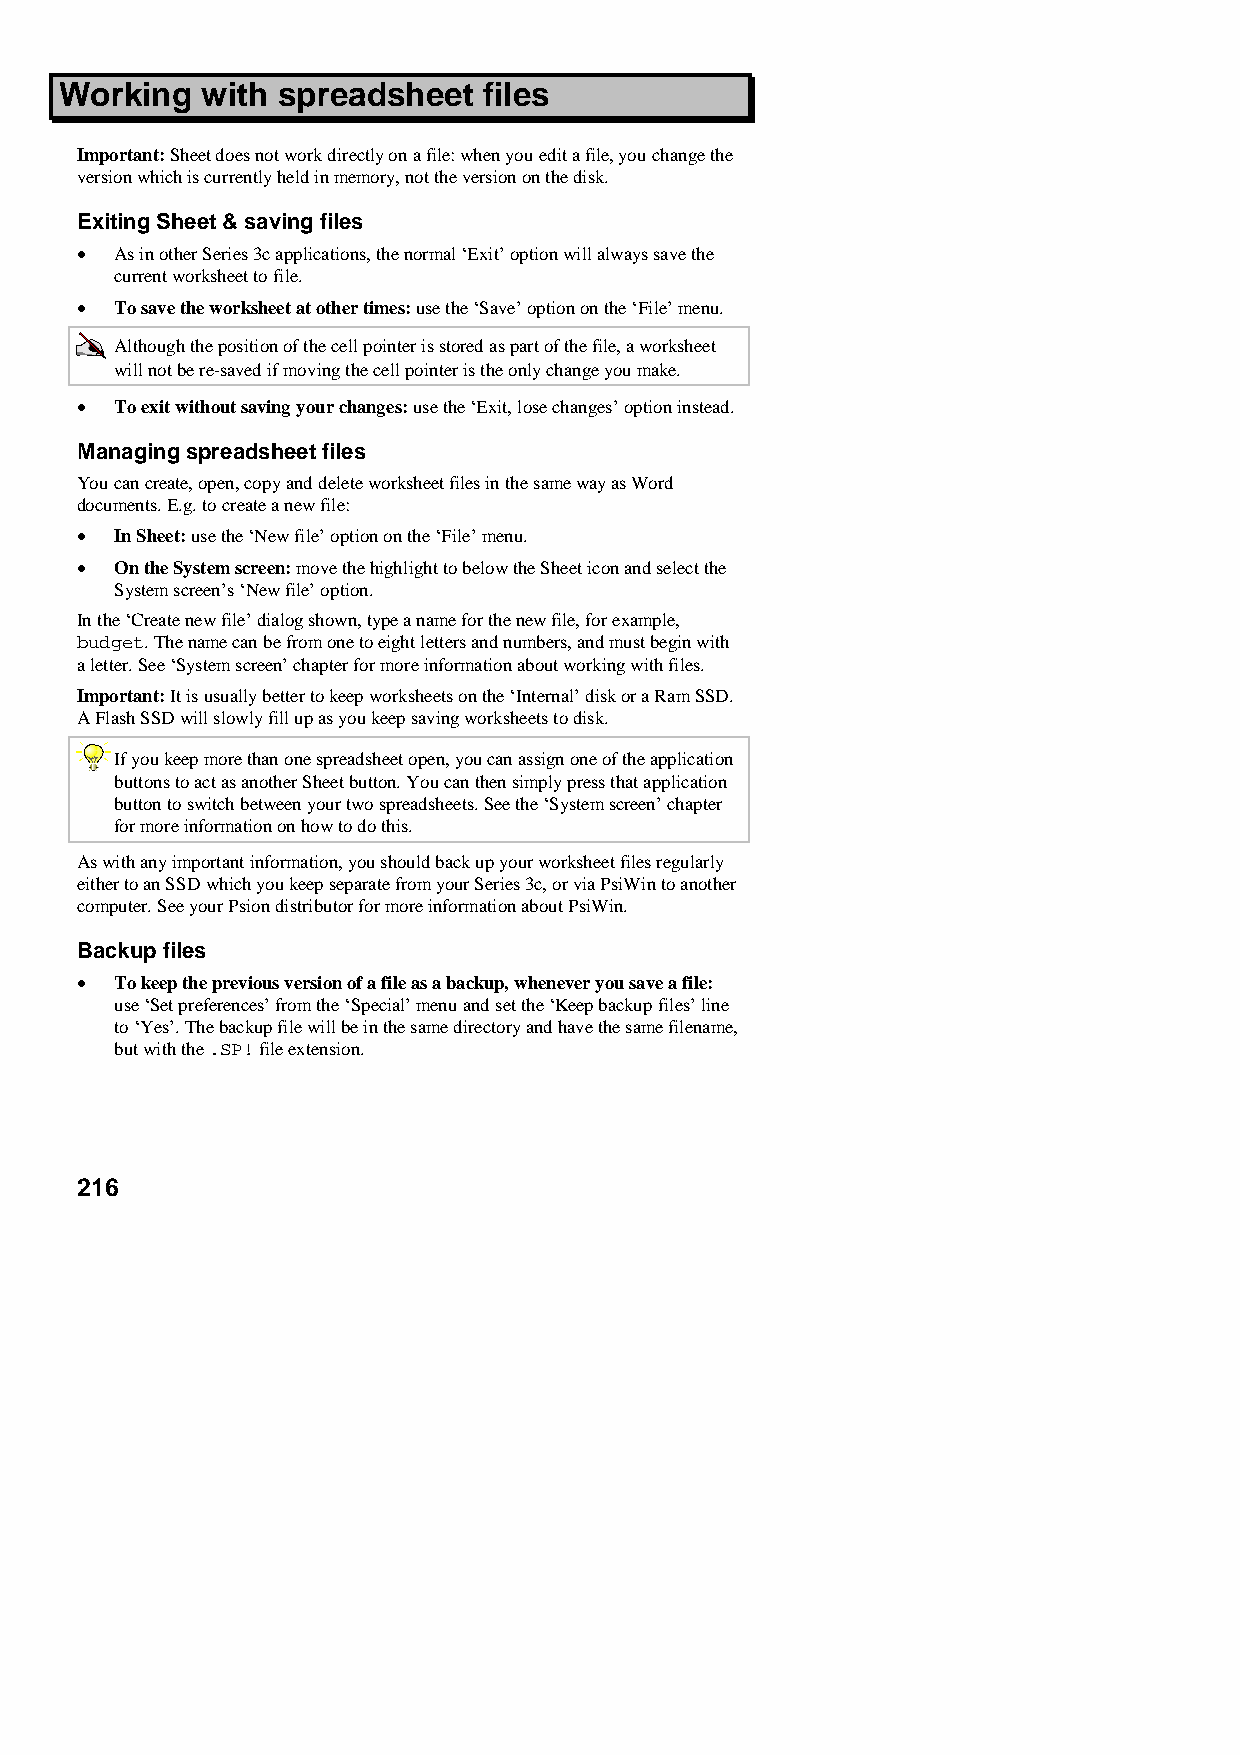
Working  with spreadsheet   files
 Important: Sheet does not work directly on a file: when you edit a file, you change the
 version which is currently held in memory, not the version on the disk.
 Exiting Sheet & saving files
 •  As in other Series 3c applications, the normal ‘Exit’ option will always save the
 current worksheet to file.
 •  To save the worksheet at other times: use the ‘Save’ option on the ‘File’ menu.
 Although the position of the cell pointer is stored as part of the file, a worksheet
 will not be re-saved if moving the cell pointer is the only change you make.
 •  To exit without saving your changes: use the ‘Exit, lose changes’ option instead.
 Managing spreadsheet files
 You can create, open, copy and delete worksheet files in the same way as Word
 documents. E.g. to create a new file:
 •  In Sheet: use the ‘New file’ option on the ‘File’ menu.
 •  On the System screen: move the highlight to below the Sheet icon and select the
 System screen’s ‘New file’ option.
 In the ‘Create new file’ dialog shown, type a name for the new file, for example,
 budget. The name can be from one to eight letters and numbers, and must begin with
 a letter. See ‘System screen’ chapter for more information about working with files.
 Important: It is usually better to keep worksheets on the ‘Internal’ disk or a Ram SSD.
 A Flash SSD will slowly fill up as you keep saving worksheets to disk.
 If you keep more than one spreadsheet open, you can assign one of the application
 buttons to act as another Sheet button. You can then simply press that application
 button to switch between your two spreadsheets. See the ‘System screen’ chapter
 for more information on how to do this.
 As with any important information, you should back up your worksheet files regularly
 either to an SSD which you keep separate from your Series 3c, or via PsiWin to another
 computer. See your Psion distributor for more information about PsiWin.
 Backup files
 •  To keep the previous version of a file as a backup, whenever you save a file:
 use ‘Set preferences’ from the ‘Special’ menu and set the ‘Keep backup files’ line
 to ‘Yes’. The backup file will be in the same directory and have the same filename,
 but with the .SP! file extension.
 216